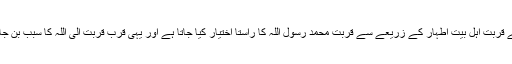
اس لئے قربت اہل بیت اطہار کے زریعے سے قربت محمد رسول اللہ کا راستا اختیار کیا جاتا ہے اور یہی قرب قربت الی اللہ کا سبب بن جاتا ہے۔